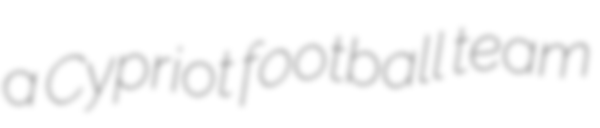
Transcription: a Cypriot football team